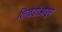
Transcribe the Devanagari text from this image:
शिखंडीआडून